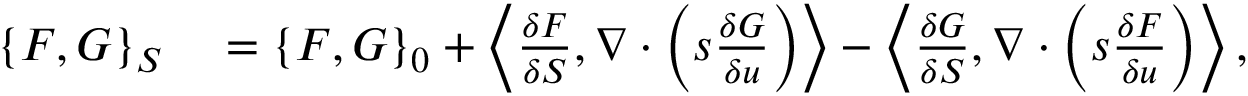
\begin{array} { r l } { \{ F , G \} _ { S } } & { { } = \{ F , G \} _ { 0 } + \left\langle \frac { \delta F } { \delta S } , \nabla \cdot \left( s \frac { \delta G } { \delta u } \right) \right\rangle - \left\langle \frac { \delta G } { \delta S } , \nabla \cdot \left( s \frac { \delta F } { \delta u } \right) \right\rangle , } \end{array}